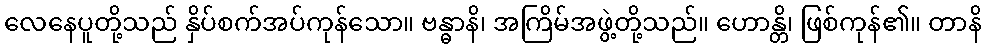
လေနေပူတို့သည် နှိပ်စက်အပ်ကုန်သော။ ဗန္ဓာနိ၊ အကြိမ်အဖွဲ့တို့သည်။ ဟောန္တိ၊ ဖြစ်ကုန်၏။ တာနိ